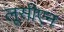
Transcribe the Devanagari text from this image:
लूसीएन